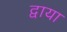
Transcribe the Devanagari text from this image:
द्वाया